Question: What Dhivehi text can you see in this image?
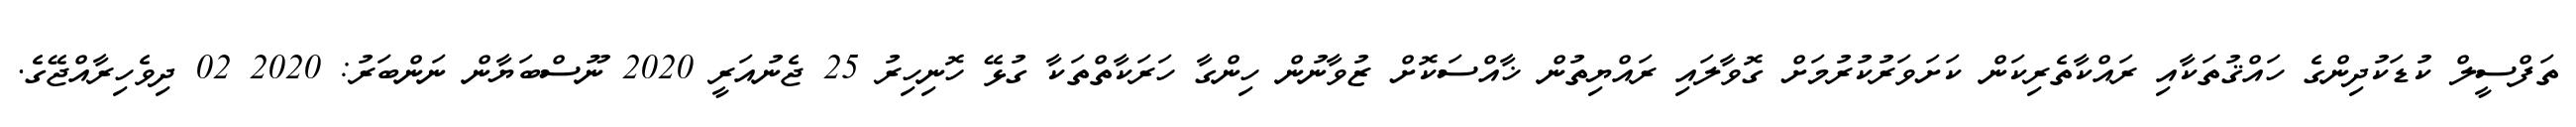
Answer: ތަފްސީލް ކުޑަކުދިންގެ ހައްޤުތަކާއި ރައްކާތެރިކަން ކަށަވަރުކުރުމަށް ގޮވާލައި ރައްޔިތުން ޚާއްސަކޮށް ޒުވާނުން ހިންގާ ހަރަކާތްތަކާ ގުޅޭ ހޮނިހިރު 25 ޖެނުއަރީ 2020 ނޫސްބަޔާން ނަންބަރު: 2020 02 ދިވެހިރާއްޖޭގެ.